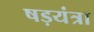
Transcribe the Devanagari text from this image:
षड़यंत्रा